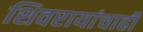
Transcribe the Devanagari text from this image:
शिवरायांचाही